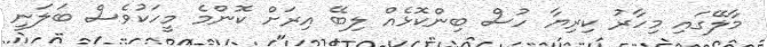
މާލޭގައި މިހާރު ކިރިޔާ ހުސް ބިންކޮޅެއް ލިބޭ އިރަށް ކޮންމެ މީހަކުވެސް ބަލަނީ